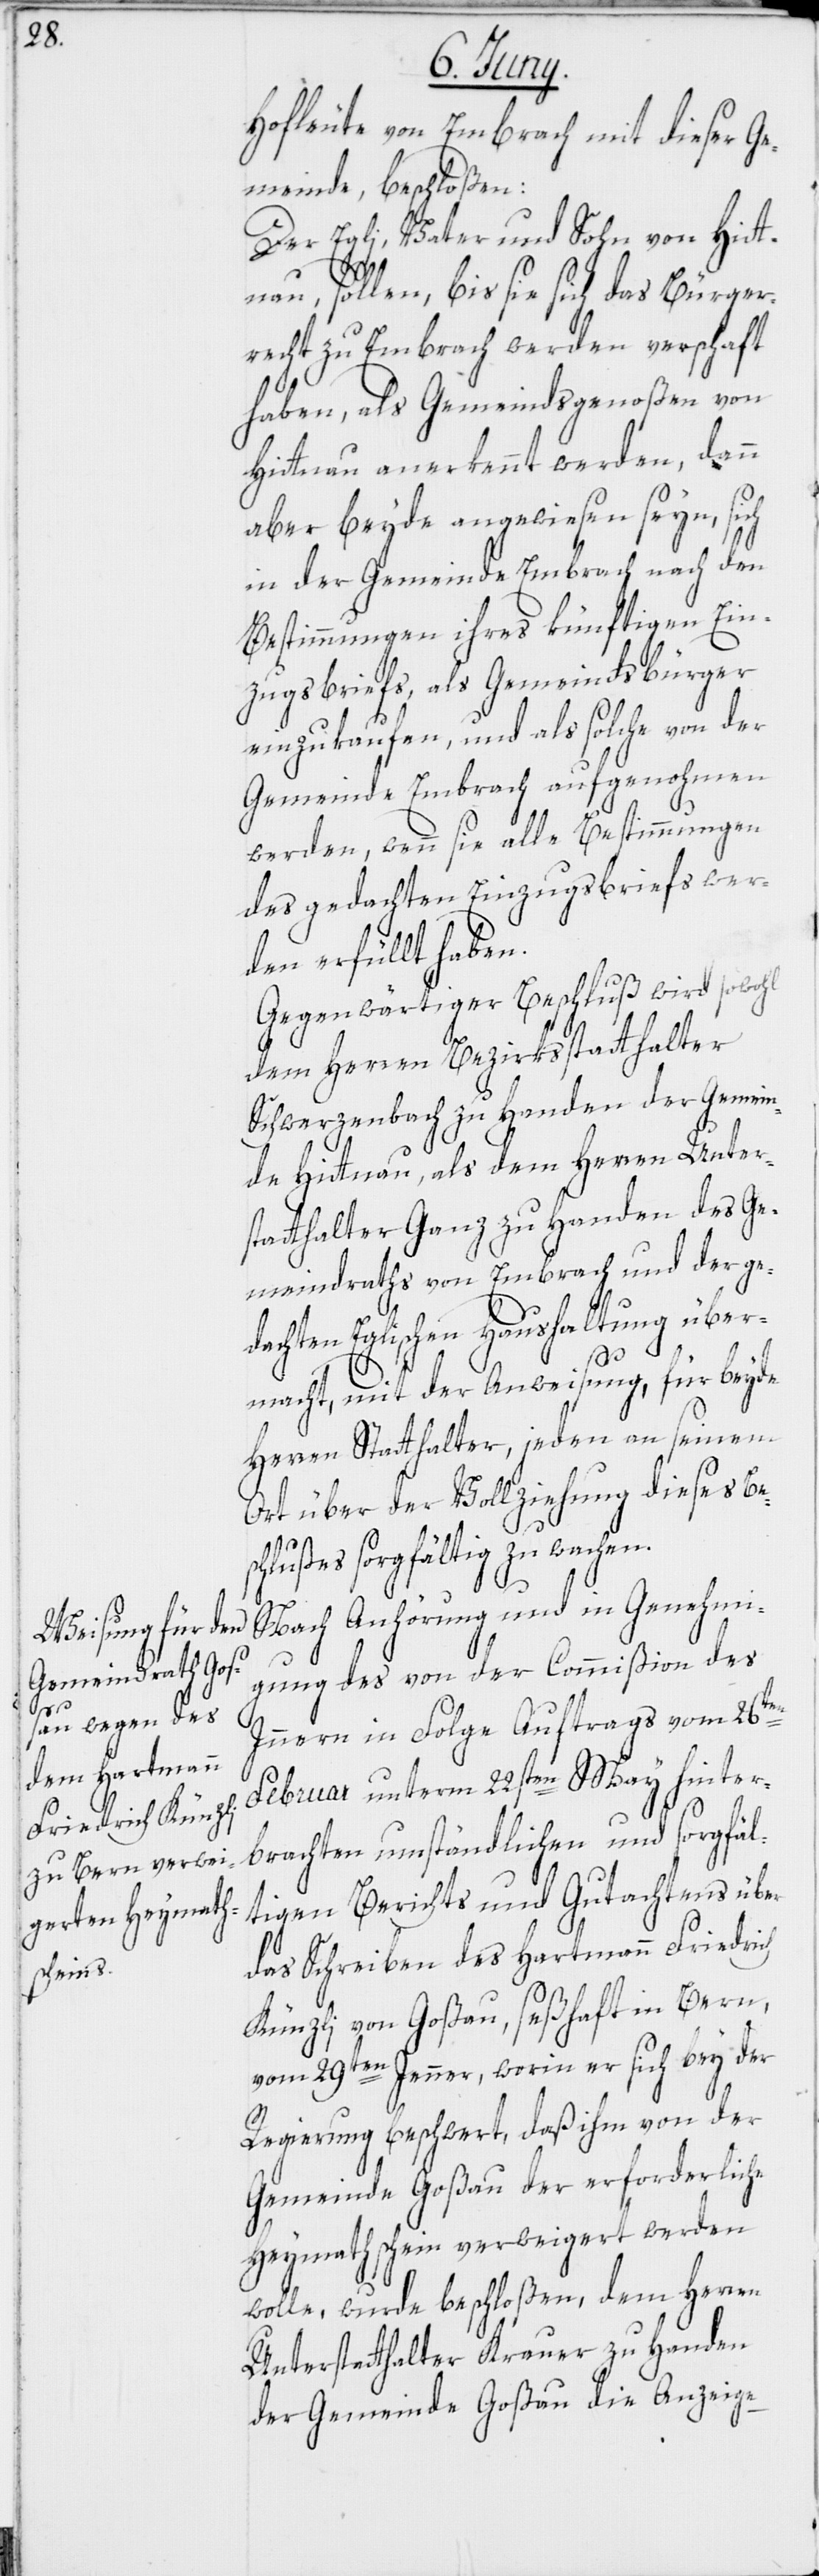
s¬

Hofleute von Embrach mit dieser Ge¬
meinde, beschloßen:
Der Egli, Vater und Sohn von Hitt¬
nau, sollen, bis sie sich das Bürger¬
recht zu Embrach werden verschaft
haben, als Gemeindsgenoßen von
Hittnau anerkennt werden, dann
aber beyde angewiesen seyn, sich
in der Gemeinde Embrach nach den
Bestimmungen ihres künftigen Ein¬
zugsbriefs, als Gemeindsbürger
einzukaufen, und als solche von der
Gemeinde Embrach aufgenohmen
werden, wenn sie alle Bestimmungen
des gedachten Einzugsbriefs wer¬
den erfüllt haben.
Gegenwärtiger Beschluß wird sowohl
dem Herren Bezirksstatthalter
Schwerzenbach zu Handen der Gemein¬
de Hittnau, als dem Herren Unter¬
statthalter Ganz zu Handen des Ge¬
meindraths von Embrach und der ge¬
dachten Eglischen Haushaltung über¬
macht, mit der Anweisung, für beyde
Herren Statthalter, jeden an seinem
Ort über der Vollziehung dieses Be¬
chlußes sorgfältig zu wachen.
Nach Anhörung und in Genehmi¬
gung des von der Commißion des
Innern in Folge Auftrags vom 26ten
Februar unterm 22sten May hinter¬
brachten umständlichen und sorgfäl¬
tigen Berichts und Gutachtens über
das Schreiben des Hartmann Friedrich
Künzli von Goßau, seßhaft in Bern,
vom 29ten Jenner, worin er sich bey der
Regierung beschwert, daß ihm von der
Gemeinde Goßau der erforderliche
Heymathschein verweigert werden
wolle, wurde beschloßen, dem Herren
Unterstatthalter Krauer zu Handen
der Gemeinde Goßau die Anzeige